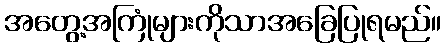
အတွေ့အကြုံများကိုသာအခြေပြုရမည်။